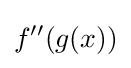
f''(g(x))